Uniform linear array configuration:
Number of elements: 4
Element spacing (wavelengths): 0.25
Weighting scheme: blackman
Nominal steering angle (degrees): -45
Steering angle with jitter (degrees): -45.578
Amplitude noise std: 0.05
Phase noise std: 0.05

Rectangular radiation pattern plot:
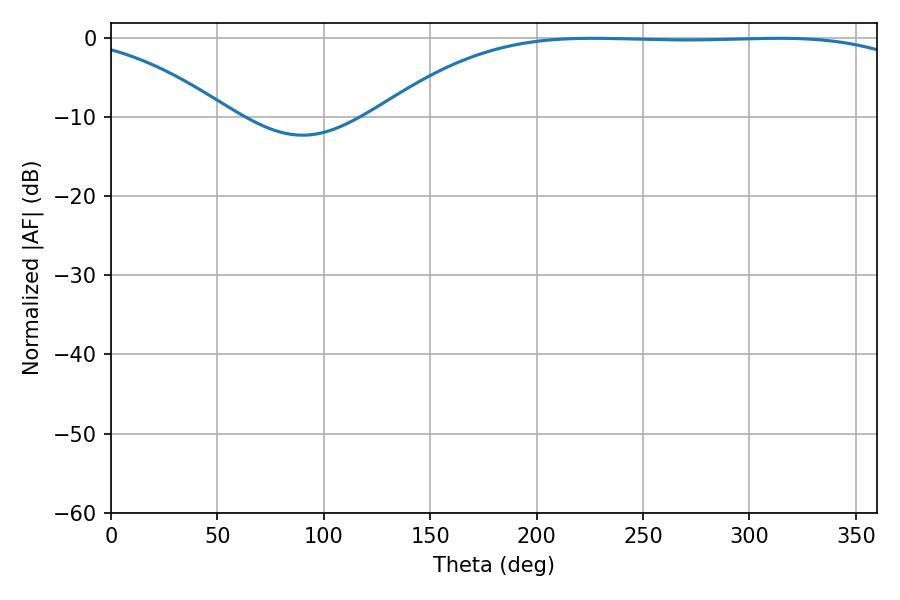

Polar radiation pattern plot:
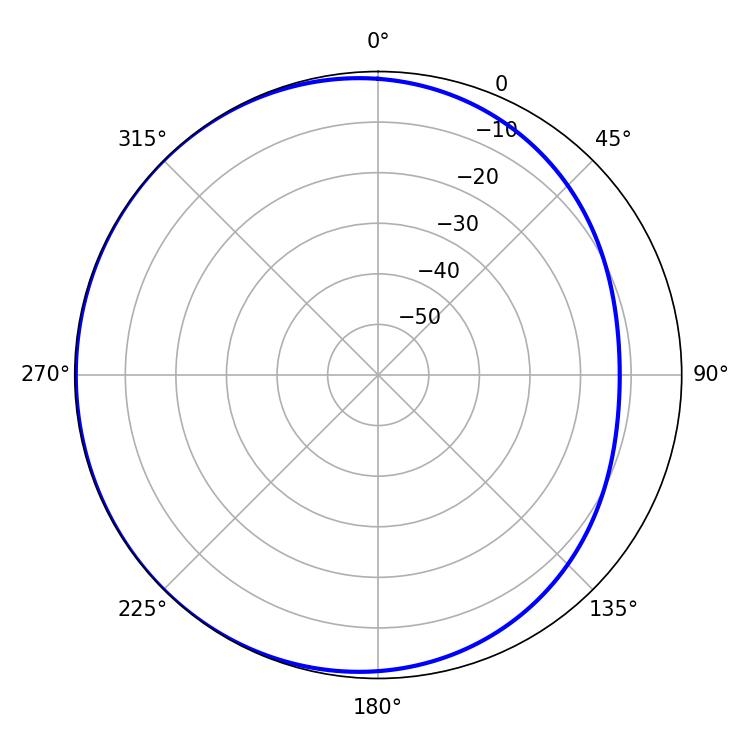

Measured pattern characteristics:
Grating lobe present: FALSE
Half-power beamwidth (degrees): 196.56
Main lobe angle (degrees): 226.26